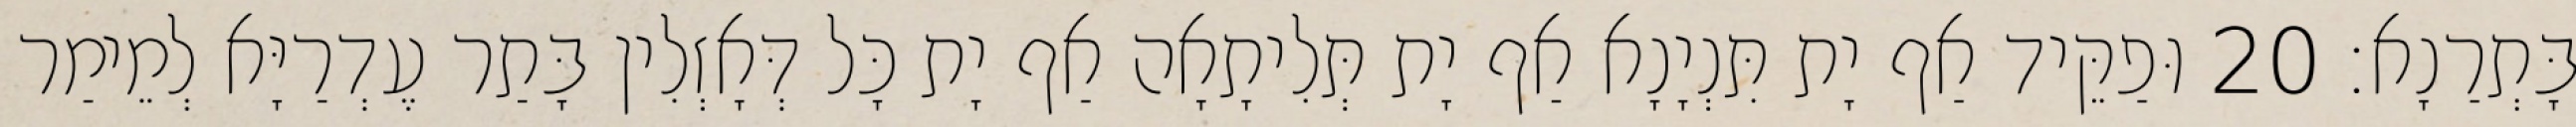
בָּתְרַנָא׃ 20 וּפַקֵּיד אַף יָת תִּנְיָנָא אַף יָת תְּלִיתָאָה אַף יָת כָּל דְּאָזְלִין בָּתַר עֶדְרַיָּא לְמֵימַר